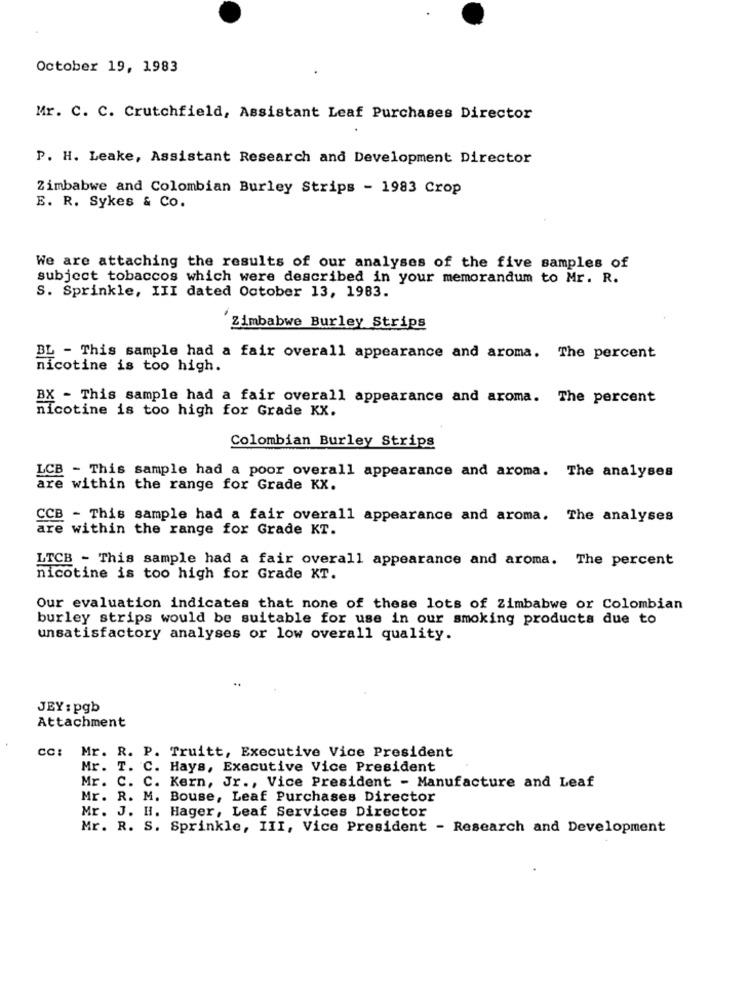
October 19, 1983
Mr. C. C. Crutchfield, Assistant Leaf Purchases Director
P. H. Leake, Assistant Research and Development Director
Zimbabwe and Colombian Burley Strips - 1983 Crop
E. R. Sykes & Co.
We are attaching the results of our analyses of the five samples of
subject tobaccos which were described in your memorandum to Mr. R.
S. Sprinkle, III dated October 13, 1983.
Zimbabwe Burley Strips
BL - This sample had a fair overall appearance and aroma. The percent
nicotine is too high.
BX - This sample had a fair overall appearance and aroma. The percent
nicotine is too high for Grade KX.
Colombian Burley Strips
LCB - This sample had a poor overall appearance and aroma. The analyses
are within the range for Grade KX.
CCB - This sample had a fair overall appearance and aroma. The analyses
are within the range for Grade KT.
LTCB - This sample had a fair overall appearance and aroma. The percent
nicotine is too high for Grade KT.
Our evaluation indicates that none of these lots of Zimbabwe or Colombian
burley strips would be suitable for use in our smoking products due to
unsatisfactory analyses or low overall quality.
JEY : pgb
Attachment
CC:
Mr. R. P. Truitt, Executive Vice President
Mr. T. C. Hays, Executive Vice President
Mr. C. C. Kern, Jr ., Vice President - Manufacture and Leaf
Mr. R. M. Bouse, Leaf Purchases Director
Mr. J. H. Hager, Leaf Services Director
Mr. R. S. Sprinkle, III, Vice President - Research and Development